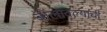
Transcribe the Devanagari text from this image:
बोलावल्याची